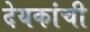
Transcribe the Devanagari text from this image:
देयकांची